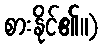
စားနိုင်၏။)